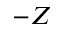
- Z